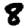
Digit: 8